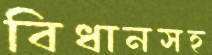
বিধানসহ